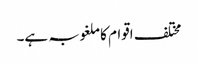
مختلف اقوام کا ملغوبہ ہے۔